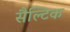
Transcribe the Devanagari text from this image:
सैल्टिक